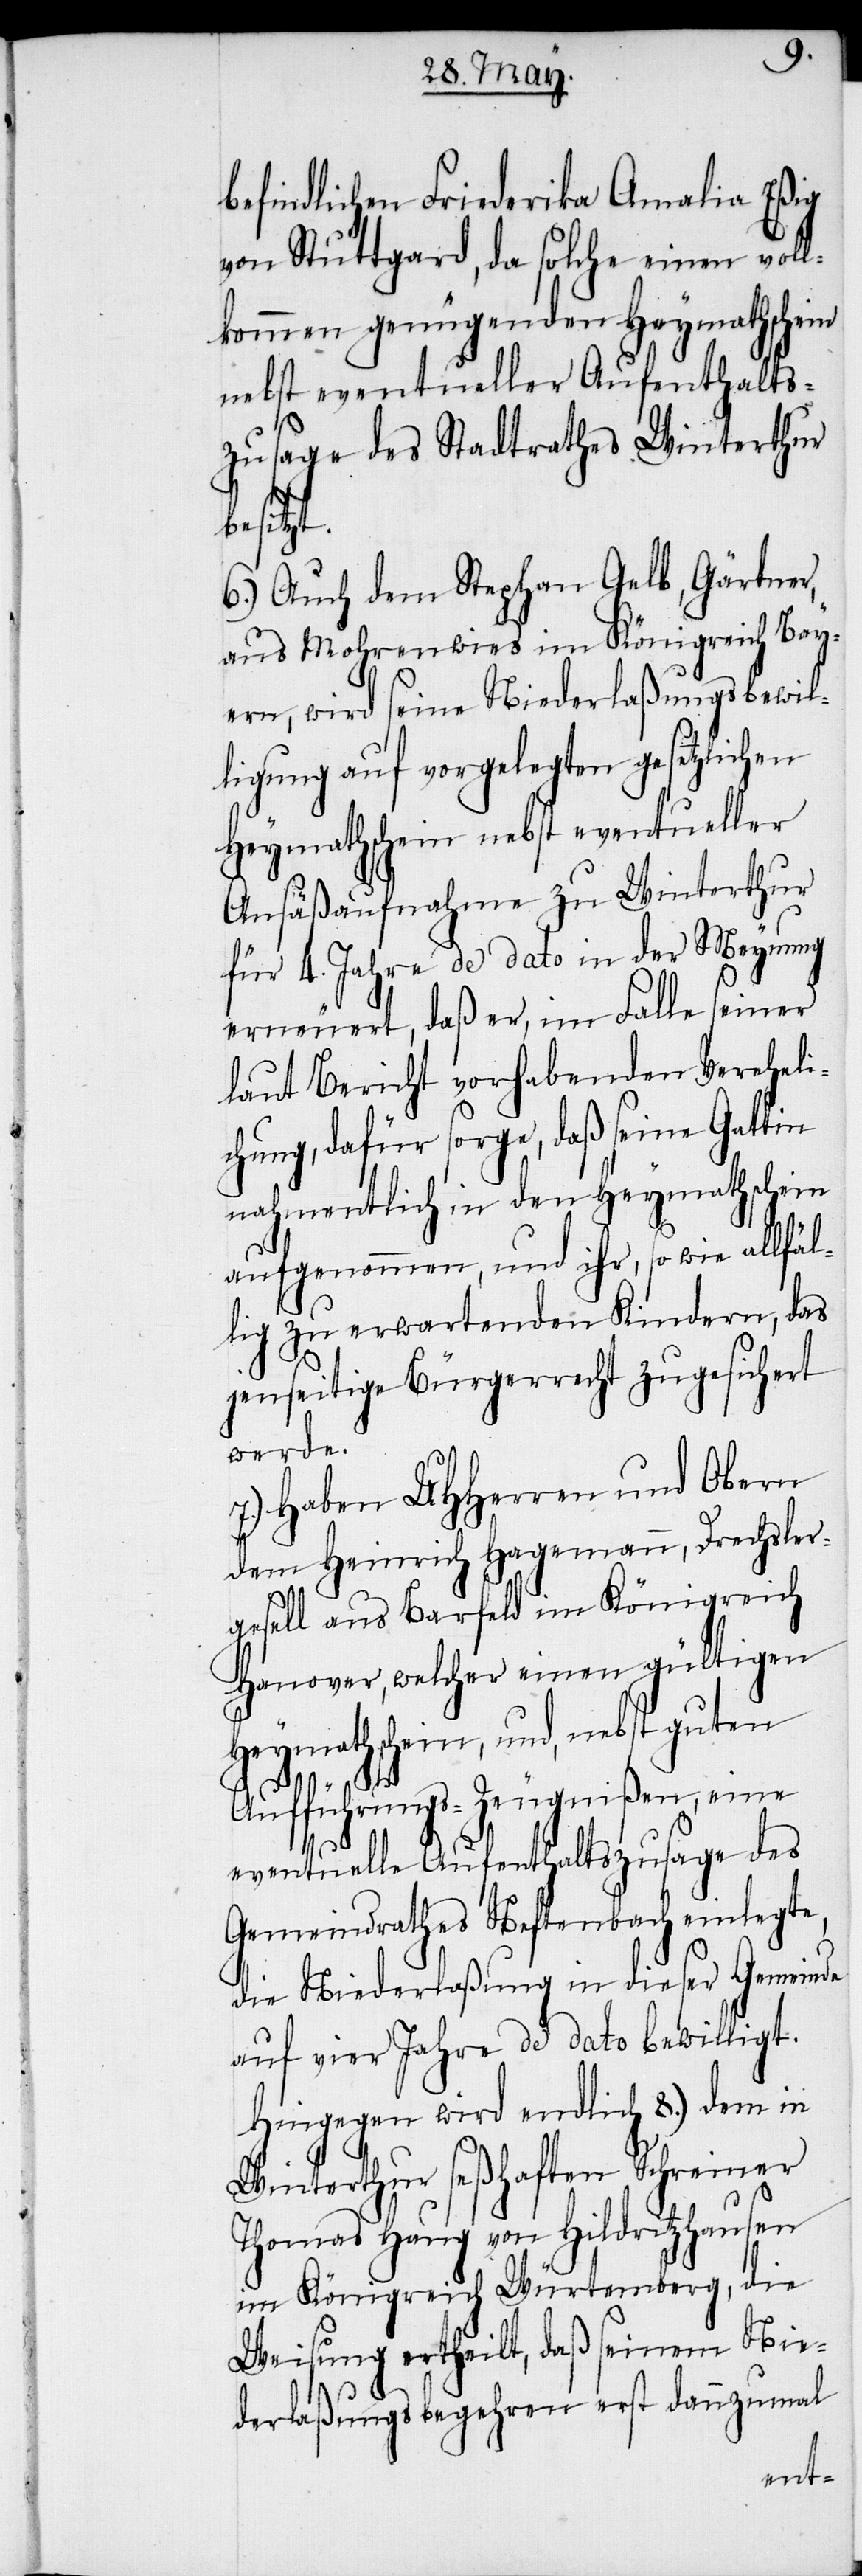
befindlichen Friederika Amalia Eßig
von Stuttgard, da solche einen voll¬
kommen genügenden Heymathschein
nebst eventueller Aufenthalts¬
zusage des Stadtrathes Winterthur
besitzt.
6.) Auch dem Stephan Gelb, Gärtner,
aus Mohrenwies im Königreich Bay¬
ern, wird seine Niederlaßungsbewil¬
ligung auf vorgelegten gesetzlichen
Heymathschein nebst eventueller
Ansäßaufnahme zu Winterthur
für 4. Jahre de dato in der Meynung
erneuert, daß er, im Falle seiner
laut Bericht vorhabenden Vereheli¬
chung, dafür sorge, daß seine Gattin
nahmentlich in den Heymathschein
aufgenommen, und ihr, so wie allfäl¬
lig zu erwartenden Kindern, das
jenseitige Bürgerrecht zugesichert
werde.
7.) Haben UHHerren und Obern
dem Heinrich Hagemann, Drechsler¬
gesell aus Barfeld im Königreich
Hanover, welcher einen gültigen
Heymathschein, und, nebst guten
Aufführungs-Zeugnißen, eine
eventuelle Aufenthaltszusage des
Gemeindrathes Neftenbach einlegte,
die Niederlaßung in dieser Gemeinde
auf vier Jahre de dato bewilligt.
Hingegen wird endlich 8.) dem in
Winterthur seßhaften Schreiner
Thomas Haug von Hildritzhausen
im Königreich Würtemberg, die
Weisung ertheilt, daß seinem Nie¬
derlaßungsbegehren erst dannzumal